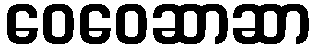
ဝေဝေဆာဆာ